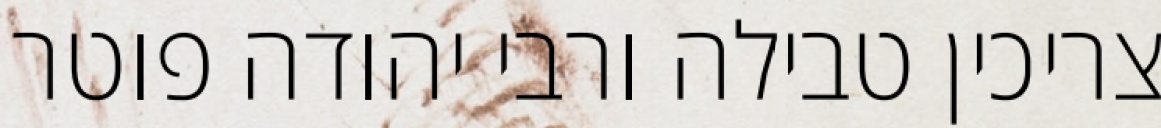
צריכין טבילה ורבי יהודה פוטר